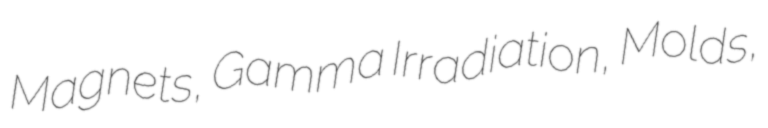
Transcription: Magnets, Gamma Irradiation, Molds,